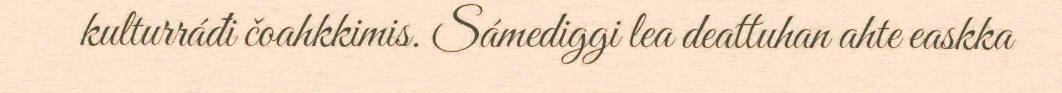
kulturráđi čoahkkimis. Sámediggi lea deattuhan ahte easkka